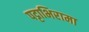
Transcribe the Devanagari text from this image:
पट्टाभिरामा